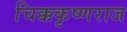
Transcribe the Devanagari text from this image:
चिक्ककृष्णराज